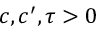
c , c ^ { \prime } , \tau > 0